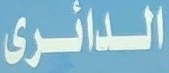
الدائرى